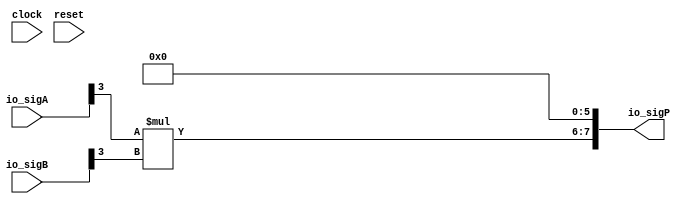
module PositMul8_3_3(
  input        clock,
  input        reset,
  input  [3:0] io_sigA,
  input  [3:0] io_sigB,
  output [7:0] io_sigP
);
  wire  _T; // @[PositMul.scala 32:20]
  wire  _T_1; // @[PositMul.scala 32:59]
  wire  _T_2; // @[PositMul.scala 33:20]
  wire  _T_3; // @[PositMul.scala 33:59]
  wire [1:0] _T_4; // @[PositMul.scala 35:23]
  wire [1:0] _T_5; // @[Cat.scala 29:58]
  assign _T = io_sigA[3]; // @[PositMul.scala 32:20]
  assign _T_1 = $signed(_T); // @[PositMul.scala 32:59]
  assign _T_2 = io_sigB[3]; // @[PositMul.scala 33:20]
  assign _T_3 = $signed(_T_2); // @[PositMul.scala 33:59]
  assign _T_4 = $signed(_T_1) * $signed(_T_3); // @[PositMul.scala 35:23]
  assign _T_5 = $unsigned(_T_4); // @[Cat.scala 29:58]
  assign io_sigP = {_T_5,6'h0}; // @[PositMul.scala 35:13]
endmodule